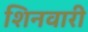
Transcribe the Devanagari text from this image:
शिनवारी